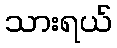
သားရယ်